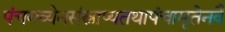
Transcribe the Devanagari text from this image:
पंचगव्येनसंस्नाप्यतथापंचामृतेनवै